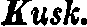
Kusk.